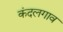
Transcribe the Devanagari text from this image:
कंदलगाव